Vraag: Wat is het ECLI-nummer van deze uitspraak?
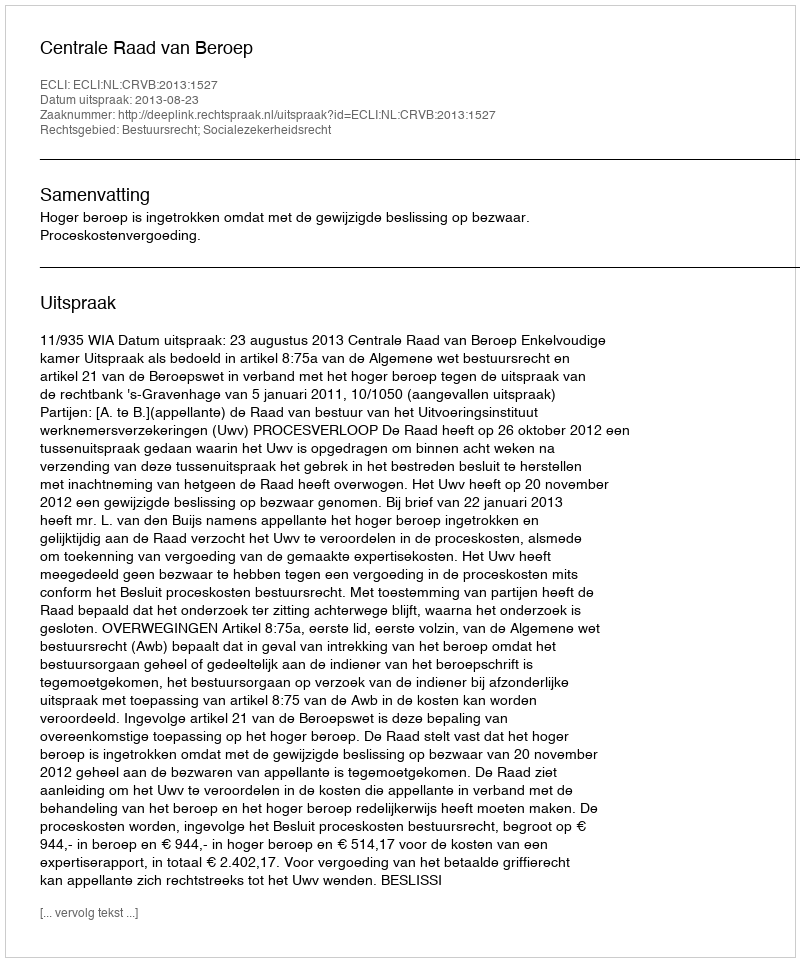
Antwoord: ECLI:NL:CRVB:2013:1527